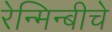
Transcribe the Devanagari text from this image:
रेन्मिन्बीचे